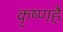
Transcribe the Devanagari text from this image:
कृष्णहै